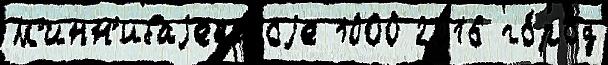
М'инн'ибаjевскоjе 1000 2016 го́род